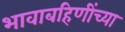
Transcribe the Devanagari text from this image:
भावाबहिणींच्या